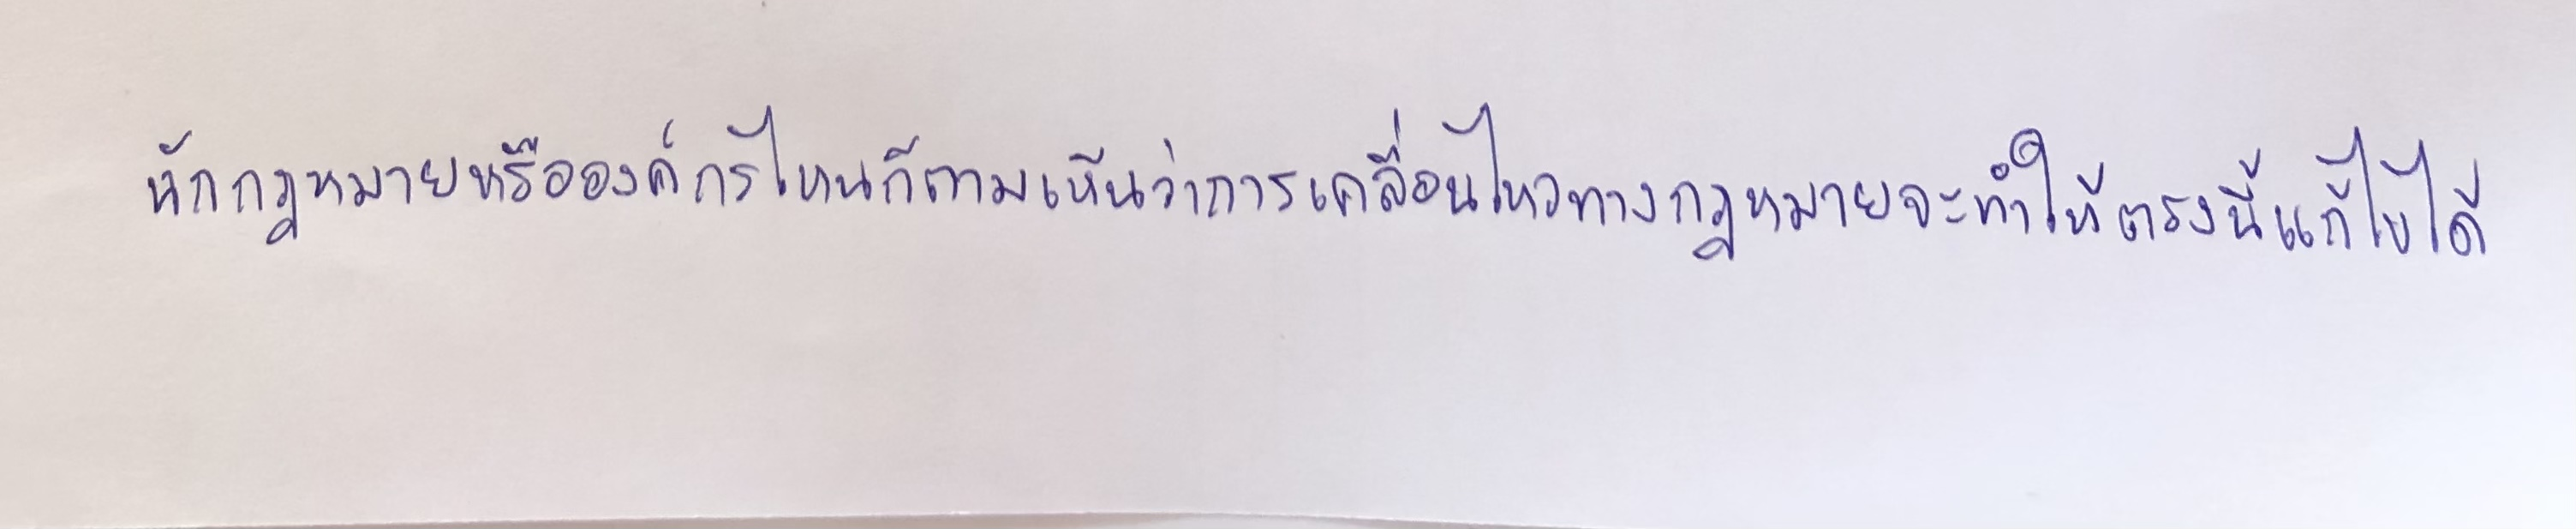
นักกฎหมายหรือองค์กรไหนก็ตามเห็นว่าการเคลื่อนไหวทางกฎหมายจะทำให้ตรงนี้แก้ไขได้